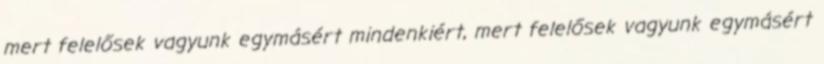
mert felelősek vagyunk egymásért mindenkiért, mert felelősek vagyunk egymásért